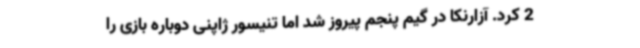
2 کرد. آزارنکا در گیم پنجم پیروز شد اما تنیسور ژاپنی دوباره بازی را